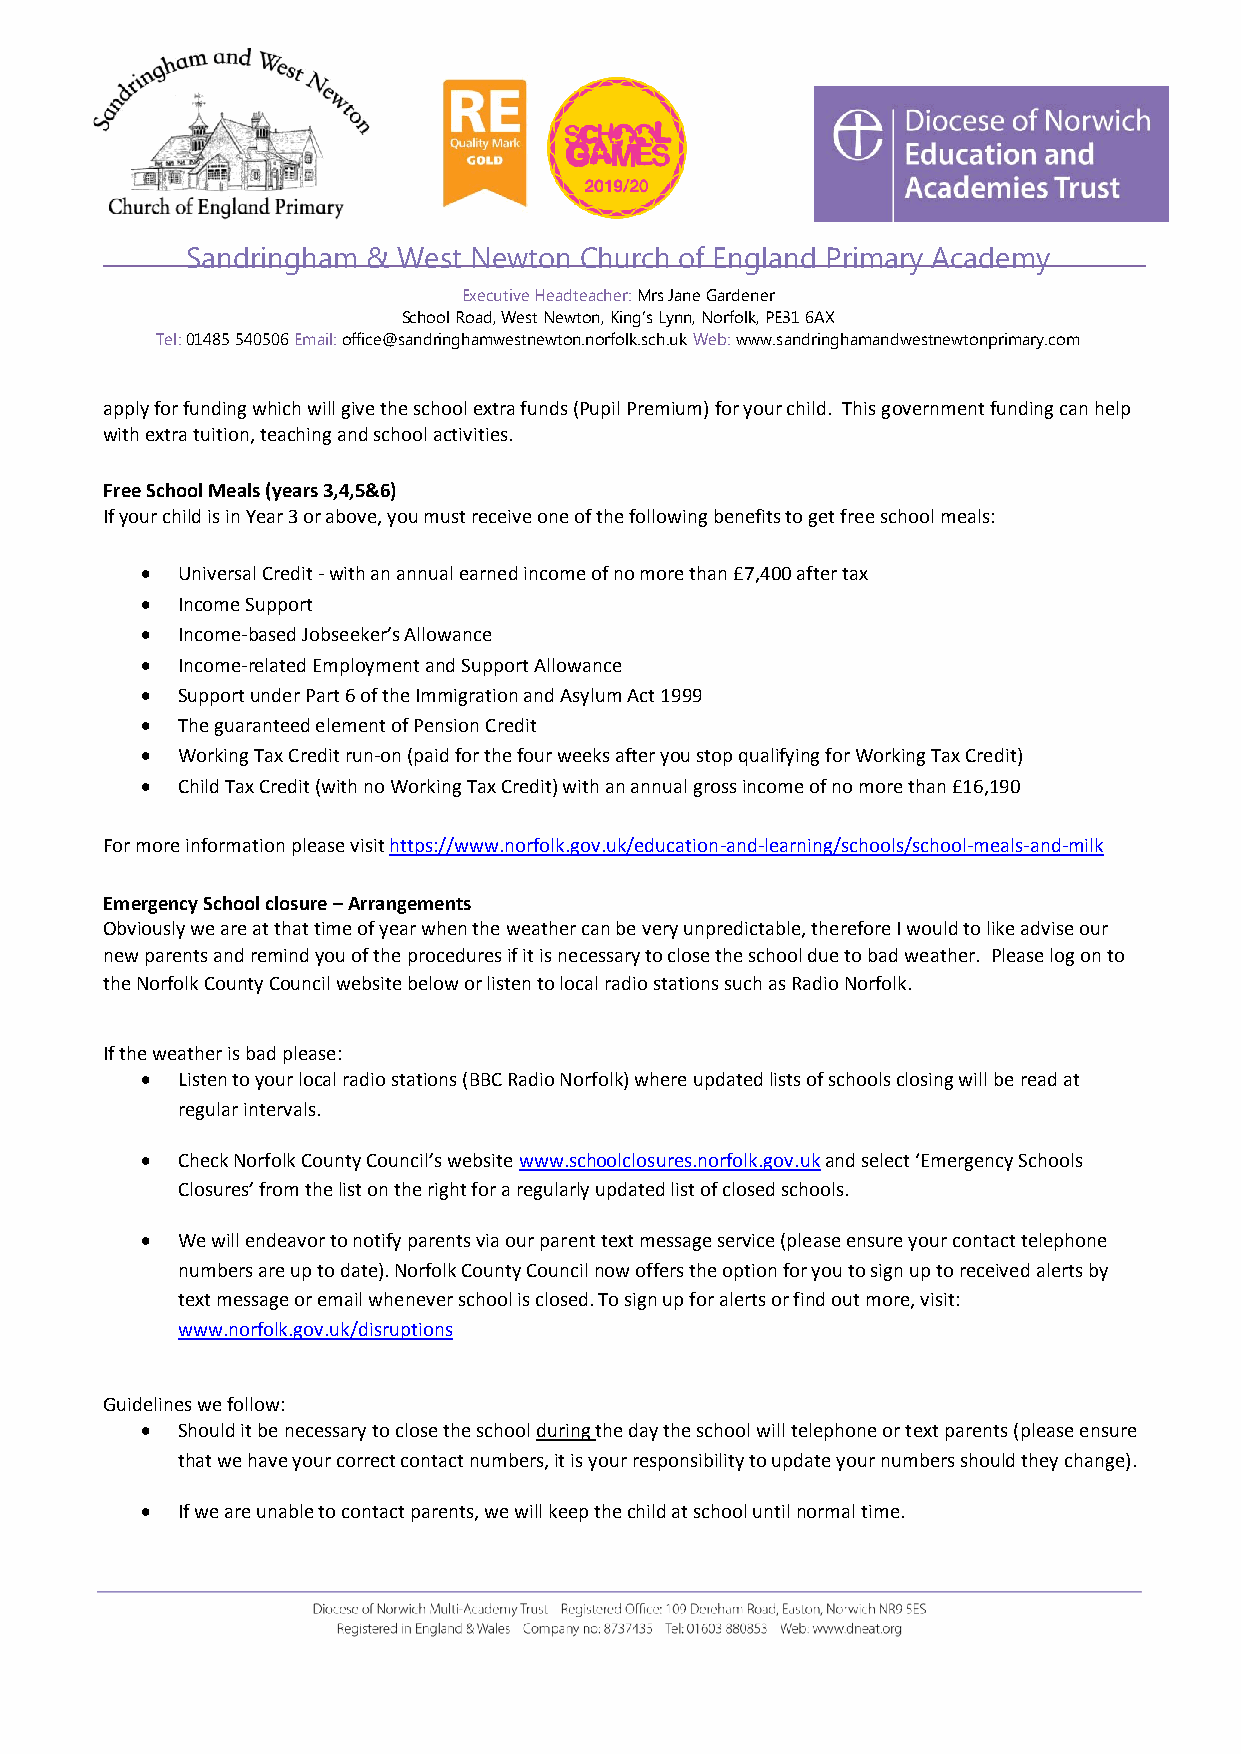
Sandringham & West Newton Church of England Primary Academy
 Executive Headteacher: Mrs Jane Gardener
 School Road, West Newton, King’s Lynn, Norfolk, PE31 6AX
 Tel: 01485 540506 Email: office@sandringhamwestnewton.norfolk.sch.uk Web: www.sandringhamandwestnewtonprimary.com
 apply for funding which will give the school extra funds (Pupil Premium) for your child. This government funding can help
 with extra tuition, teaching and school activities.
 Free School Meals (years 3,4,5&6)
 If your child is in Year 3 or above, you must receive one of the following benefits to get free school meals:
   Universal Credit - with an annual earned income of no more than £7,400 after tax
   Income Support
   Income-based Jobseeker’s Allowance
   Income-related Employment and Support Allowance
   Support under Part 6 of the Immigration and Asylum Act 1999
   The guaranteed element of Pension Credit
   Working Tax Credit run-on (paid for the four weeks after you stop qualifying for Working Tax Credit)
   Child Tax Credit (with no Working Tax Credit) with an annual gross income of no more than £16,190
 For more information please visit https://www.norfolk.gov.uk/education-and-learning/schools/school-meals-and-milk
 Emergency School closure – Arrangements
 Obviously we are at that time of year when the weather can be very unpredictable, therefore I would to like advise our
 new parents and remind you of the procedures if it is necessary to close the school due to bad weather. Please log on to
 the Norfolk County Council website below or listen to local radio stations such as Radio Norfolk.
 If the weather is bad please:
   Listen to your local radio stations (BBC Radio Norfolk) where updated lists of schools closing will be read at
 regular intervals.
   Check Norfolk County Council’s website www.schoolclosures.norfolk.gov.uk and select ‘Emergency Schools
 Closures’ from the list on the right for a regularly updated list of closed schools.
   We will endeavor to notify parents via our parent text message service (please ensure your contact telephone
 numbers are up to date). Norfolk County Council now offers the option for you to sign up to received alerts by
 text message or email whenever school is closed. To sign up for alerts or find out more, visit:
 www.norfolk.gov.uk/disruptions
 Guidelines we follow:
   Should it be necessary to close the school during the day the school will telephone or text parents (please ensure
 that we have your correct contact numbers, it is your responsibility to update your numbers should they change).
   If we are unable to contact parents, we will keep the child at school until normal time.